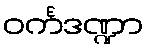
ဝင်္ကဒဏ္ဍာ